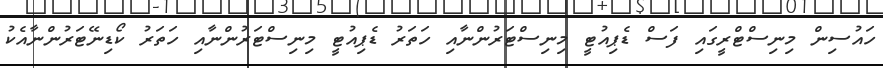
ހައުސިން މިނިސްޓްރީގައި ފަސް ޑެެޕިއުޓީ މިނިސްޓަރުންނާއި ހަތަރު ޑެޕިއުޓީ މިނިސްޓަރުންނާއި ހަތަރު ކޯޑިނޭޓަރުންނާއެކު